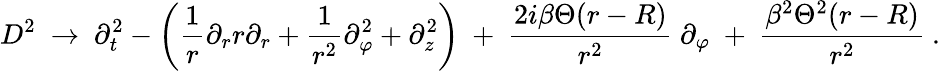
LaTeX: D^{2}\ \rightarrow\ \partial_{t}^{2}-\left(\frac 1r\partial_{r}r\partial_{r}+\frac{1}{r^{2}}\partial_{\varphi}^{2}+\partial_{z}^{2}\right)\ +\ \frac{2i\beta\Theta(r-R)}{r^{2}}\ \partial_{\varphi}\ +\ \frac{\beta^{2}\Theta^{2}(r-R)}{r^{2}}\ .